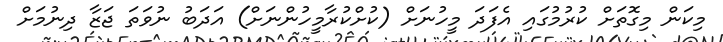
މިކަން މިގޮތަށް ކުރުމުގައި އެފަދަ މީހުނަށް (ކުށްކުރާމީހުންނަށް) އަދަބު ނުވަތަ ޖަޒާ ދިނުމަށް